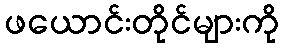
ဖယောင်းတိုင်များကို